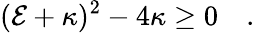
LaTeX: ({\cal E}+\kappa)^{2}-4\kappa\geq 0\quad.